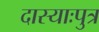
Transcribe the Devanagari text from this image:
दास्याःपुत्र